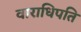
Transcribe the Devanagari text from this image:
वाराधिपति